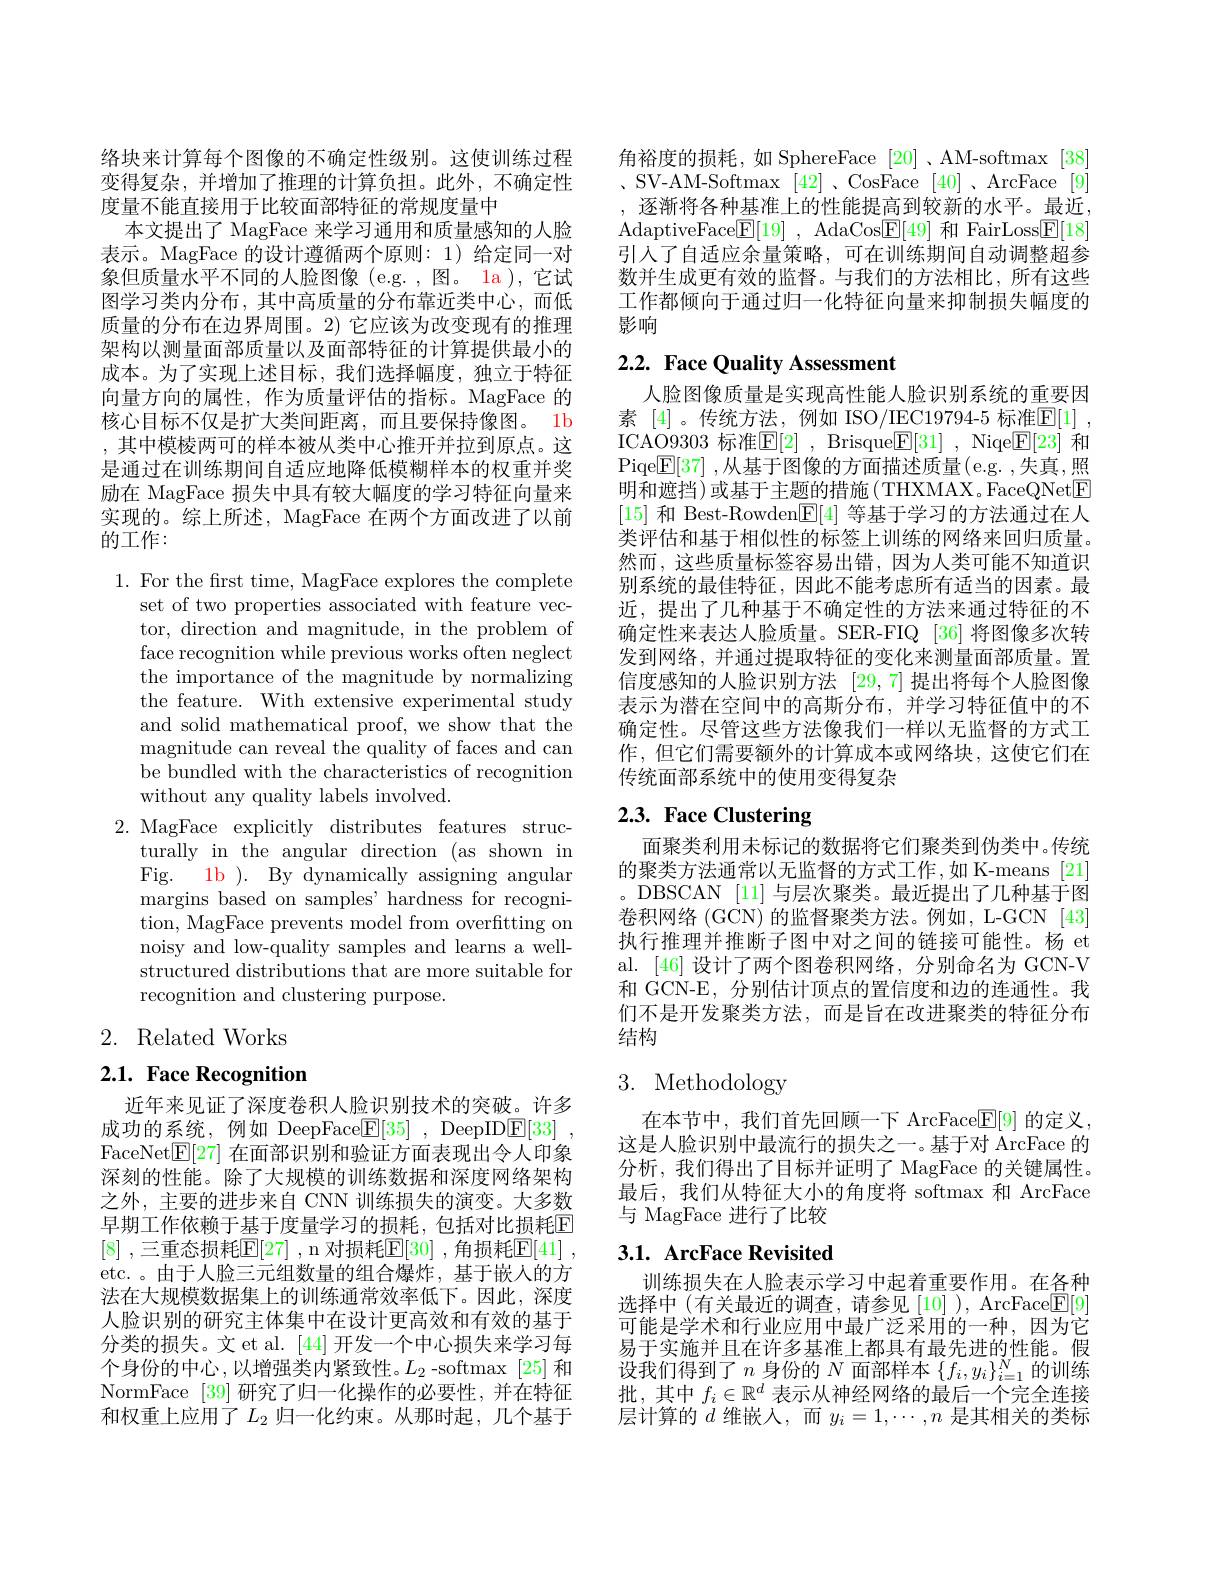
络块来计算每个图像的不确定性级别。这使训练过程变得复杂，并增加了推理的计算负担。此外，不确定性度量不能直接用于比较面部特征的常规度量中
本文提出了 MagFace 来学习通用和质量感知的人脸表示。MagFace 的设计遵循两个原则：1) 给定同一对象但质量水平不同的人脸图像(e.g.,图。la),它试图学习类内分布，其中高质量的分布靠近类中心，而低质量的分布在边界周围。2) 它应该为改变现有的推理架构以测量面部质量以及面部特征的计算提供最小的成本。为了实现上述目标，我们选择幅度，独立于特征向量方向的属性，作为质量评估的指标。MagFace 的核心目标不仅是扩大类间距离，而且要保持像图。1b ,其中模棱两可的样本被从类中心推开并拉到原点。这是通过在训练期间自适应地降低模糊样本的权重并奖励在 MagFace 损失中具有较大幅度的学习特征向量来实现的。综上所述，MagFace 在两个方面改进了以前的工作：

1. For the first time, MagFace explores the complete
set of two properties associated with feature vector, direction and magnitude, in the problem of face recognition while previous works often neglect the importance of the magnitude by normalizing the feature. With extensive experimental study and solid mathematical proof, we show that the magnitude can reveal the quality of faces and can be bundled with the characteristics of recognition without any quality labels involved.
2. MagFace explicitly distributes features struc-
turally in the angular direction (as shown in Fig. 1b ). By dynamically assigning angular margins based on samples' hardness for recognition, MagFace prevents model from overfitting on noisy and low-quality samples and learns a wellstructured distributions that are more suitable for recognition and clustering purpose.

# 2. Related Works

2.1. Face Recognition

近年来见证了深度卷积人脸识别技术的突破。许多成功的系统，例如 DeepFace$\underline {\mathrm{E} }[ 35]$ , DeepID$\underline {\mathrm{E} }[ 33]$ , FaceNet$\underline{\mathrm{E}}[27]$在面部识别和验证方面表现出令人印象深刻的性能。除了大规模的训练数据和深度网络架构之外，主要的进步来自 CNN 训练损失的演变。大多数早期工作依赖于基于度量学习的损耗，包括对比损耗E [8] ,三重态损耗$\boxed[27]$ ,n 对损耗$\boxed{\mathbb{F}}[30]$ ,角损耗$\boxed{\mathbb{F}}[41]$ , etc.。由于人脸三元组数量的组合爆炸，基于嵌人的方法在大规模数据集上的训练通常效率低下。因此，深度人脸识别的研究主体集中在设计更高效和有效的基于分类的损失。文 et al. [44] 开发一个中心损失来学习每个身份的中心，以增强类内紧致性。$L_2$ -softmax [25]和NormFace [39]研究了归一化操作的必要性，并在特征和权重上应用了$L_2$ 归一化约束。从那时起，几个基于

角裕度的损耗，如 SphereFace [20] 、AM-softmax [38] 、 SV- AM- Softmax [ 42] , CosFace [ 40] , ArcFace [ 9] ,逐渐将各种基准上的性能提高到较新的水平。最近AdaptiveFace$\boxed{\mathbb{F} }[ 19]$ , AdaCos$\boxed{\mathbb{F}}[49]$和 FairLoss$\boxed{\mathbb{F}}[18]$ 引入了自适应余量策略，可在训练期间自动调整超参数并生成更有效的监督。与我们的方法相比，所有这些工作都倾向于通过归一化特征向量来抑制损失幅度的影响

## 2.2. Face Quality Assessment

人脸图像质量是实现高性能人脸识别系统的重要因素 [4]。传统方法，例如 ISO/IEC19794-5 标准$\underline{\mathrm{E}}[1]$ , ICAO9303 标准$\mathbb{E} [ 2]$ , Brisque$\mathbb{E} [ 31]$ , Niqe$\mathbb{E}[23]$ 和Piqe$\boxed{\mathbb{E}}[37]$ ,从基于图像的方面描述质量(e.g. ,失真，照明和遮挡)或基于主题的措施(THXMAX。FaceQNet$\boxed{\mathrm{E}}$ [15]和 Best-Rowden$\boxed{\mathbb{E}}[4]$等基于学习的方法通过在人类评估和基于相似性的标签上训练的网络来回归质量。然而，这些质量标签容易出错，因为人类可能不知道识别系统的最佳特征，因此不能考虑所有适当的因素。最近，提出了几种基于不确定性的方法来通过特征的不确定性来表达人脸质量。SER-FIQ [36] 将图像多次转发到网络，并通过提取特征的变化来测量面部质量。置信度感知的人脸识别方法 [29,7]提出将每个人脸图像表示为潜在空间中的高斯分布，并学习特征值中的不确定性。尽管这些方法像我们一样以无监督的方式工作，但它们需要额外的计算成本或网络块，这使它们在传统面部系统中的使用变得复杂

## 2.3. Face Clustering

面聚类利用未标记的数据将它们聚类到伪类中。传统的聚类方法通常以无监督的方式工作，如 K-means[21] 。DBSCAN [11] 与层次聚类。最近提出了几种基于图卷积网络(GCN) 的监督聚类方法。例如，L-GCN [43] 执行推理并推断子图中对之间的链接可能性。杨 et al. [46]设计了两个图卷积网络，分别命名为 GCN-V 和 GCN-E, 分别估计顶点的置信度和边的连通性。我们不是开发聚类方法，而是旨在改进聚类的特征分布结构

# 3. Methodology

在本节中，我们首先回顾一下 ArcFace$\mathbb{E}[9]$的定义这是人脸识别中最流行的损失之一。基于对 ArcFace 的分析，我们得出了目标并证明了 MagFace 的关键属性。最后，我们从特征大小的角度将 softmax 和 ArcFace 与 MagFace 进行了比较

## 3.1. ArcFace Revisited

训练损失在人脸表示学习中起着重要作用。在各种选择中 (有关最近的调查，请参见 [10]), ArcFace$\mathbb{E}[9]$ 可能是学术和行业应用中最广泛采用的一种，因为它易于实施并且在许多基准上都具有最先进的性能。假设我们得到了$n$身份的$N$面部样本$\{f_i,y_i\}_i=1^N$的训练批，其中$f_i\in\mathbb{R}^d$表示从神经网络的最后一个完全连接层计算的$d$维嵌入，而$y_i=1,\cdots,n$ 是其相关的类标